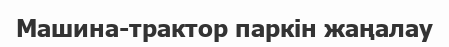
Машина-трактор паркін жаңалау